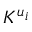
K ^ { u _ { i } }